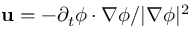
\mathbf { u } = - \partial _ { t } \phi \cdot \nabla \phi / | \nabla \phi | ^ { 2 }